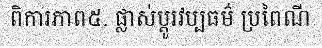
ពិការភាព៥. ផ្លាស់ប្តូរវប្បធម៌ ប្រពៃណី